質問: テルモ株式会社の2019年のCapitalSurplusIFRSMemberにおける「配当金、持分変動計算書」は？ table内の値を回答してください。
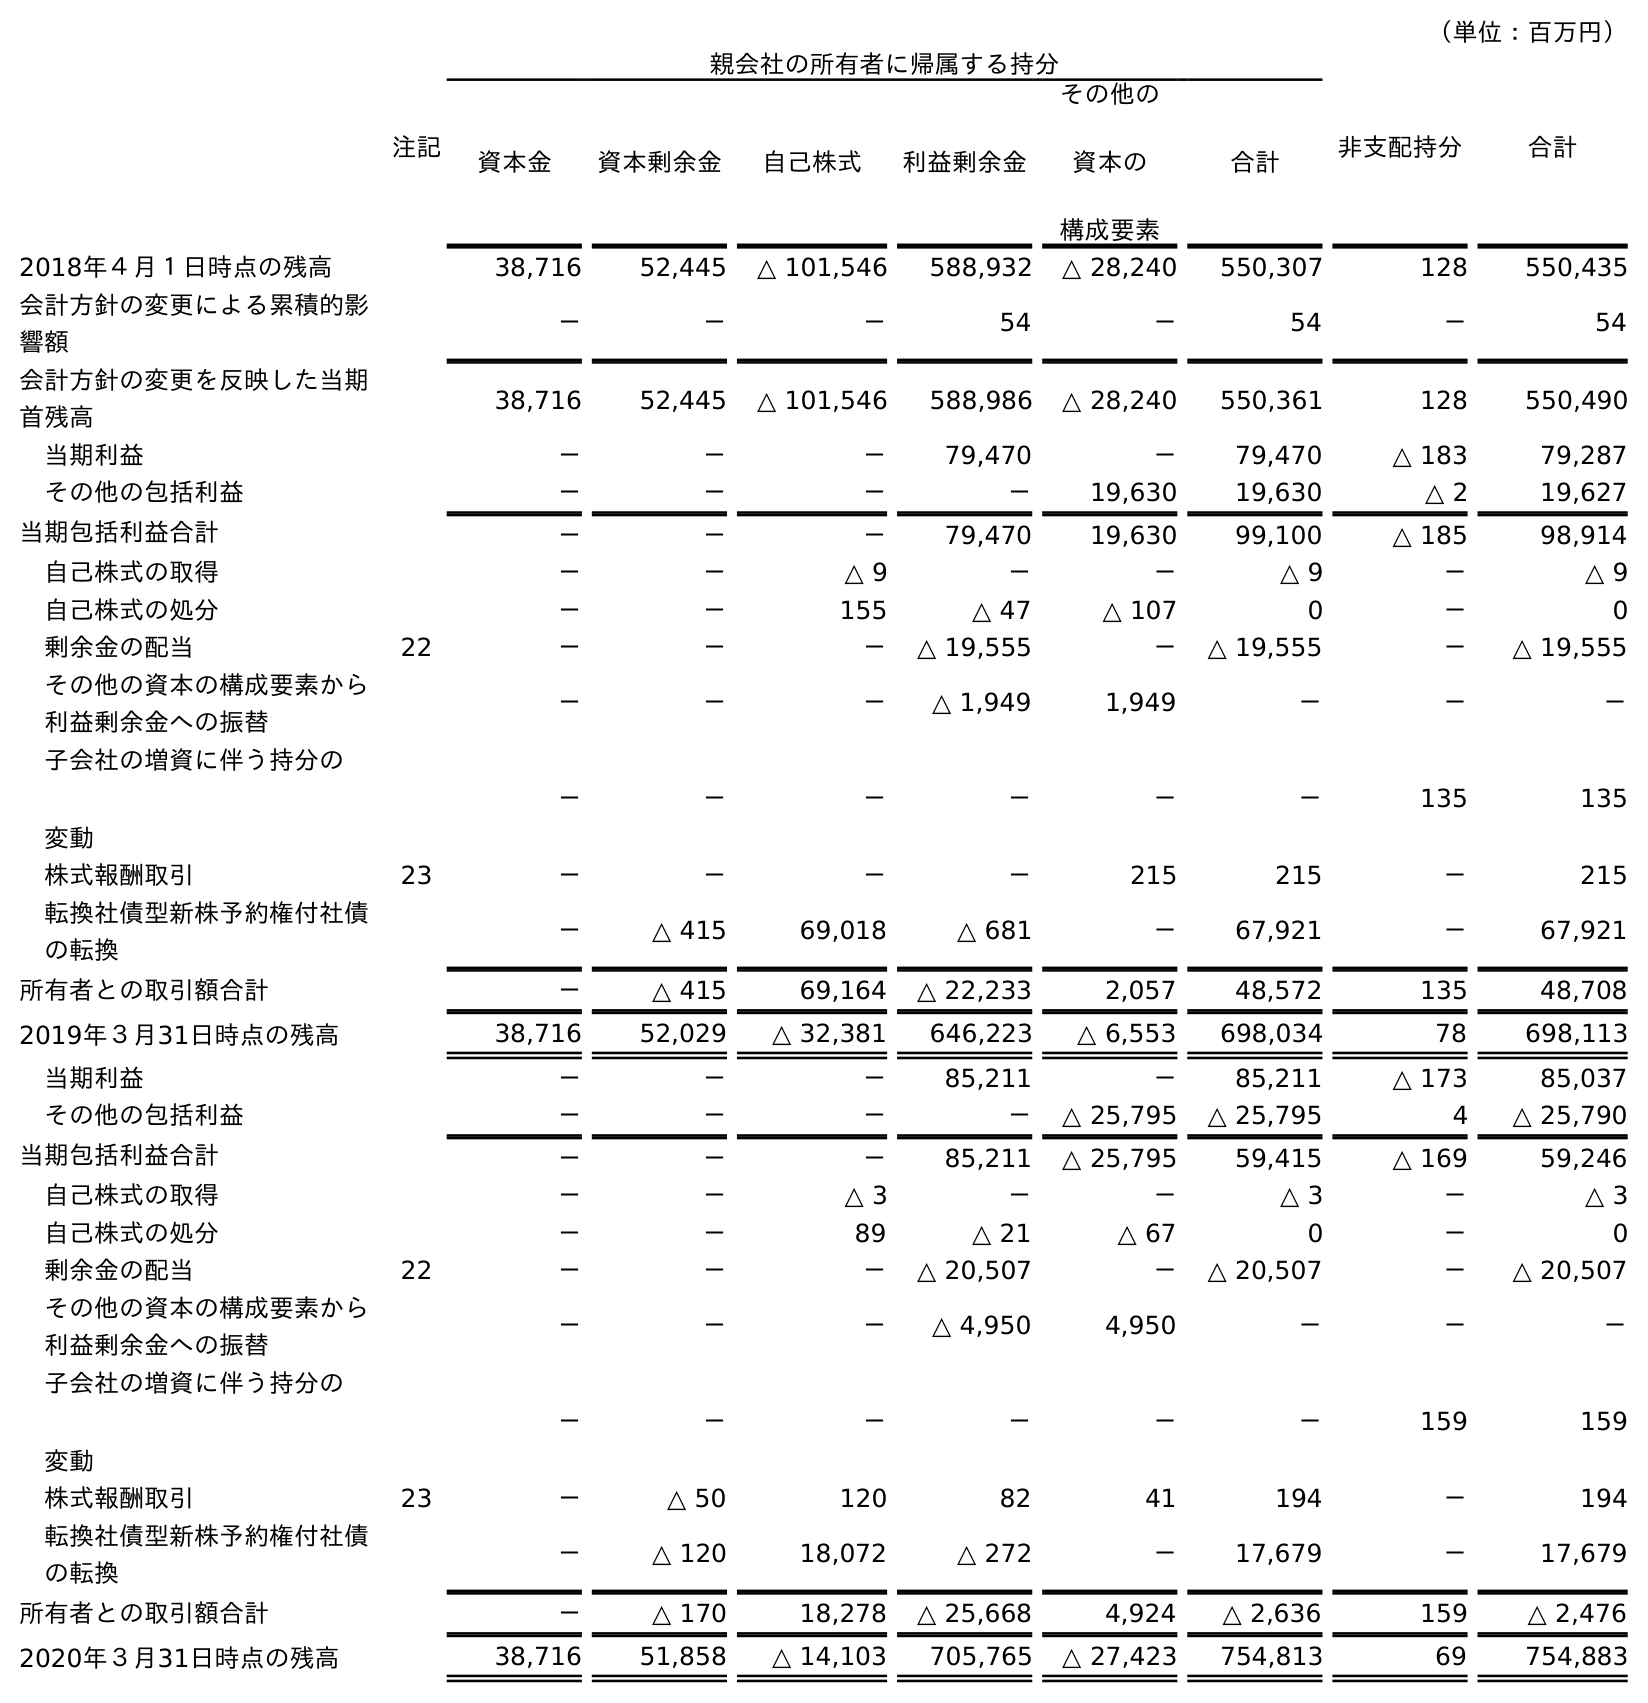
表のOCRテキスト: （単位：百万円） 注記 親会社の所有者に帰属する持分 非支配持分 合計 資本金 資本剰余金 自己株式 利益剰余金 その他の 資本の 構成要素 合計 2018年４月１日時点の残高 38,716 52,445 △ 101,546 588,932 △ 28,240 550,307 128 550,435 会計方針の変更による累積的影 響額 － － － 54 － 54 － 54 会計方針の変更を反映した当期 首残高 38,716 52,445 △ 101,546 588,986 △ 28,240 550,361 128 550,490 当期利益 － － － 79,470 － 79,470 △ 183 79,287 その他の包括利益 － － － － 19,630 19,630 △ 2 19,627 当期包括利益合計 － － － 79,470 19,630 99,100 △ 185 98,914 自己株式の取得 － － △ 9 － － △ 9 － △ 9 自己株式の処分 － － 155 △ 47 △ 107 0 － 0 剰余金の配当 22 － － － △ 19,555 － △ 19,555 － △ 19,555 その他の資本の構成要素から 利益剰余金への振替 － － － △ 1,949 1,949 － － － 子会社の増資に伴う持分の 変動 － － － － － － 135 135 株式報酬取引 23 － － － － 215 215 － 215 転換社債型新株予約権付社債 の転換 － △ 415 69,018 △ 681 － 67,921 － 67,921 所有者との取引額合計 － △ 415 69,164 △ 22,233 2,057 48,572 135 48,708 2019年３月31日時点の残高 38,716 52,029 △ 32,381 646,223 △ 6,553 698,034 78 698,113 当期利益 － － － 85,211 － 85,211 △ 173 85,037 その他の包括利益 － － － － △ 25,795 △ 25,795 4 △ 25,790 当期包括利益合計 － － － 85,211 △ 25,795 59,415 △ 169 59,246 自己株式の取得 － － △ 3 － － △ 3 － △ 3 自己株式の処分 － － 89 △ 21 △ 67 0 － 0 剰余金の配当 22 － － － △ 20,507 － △ 20,507 － △ 20,507 その他の資本の構成要素から 利益剰余金への振替 － － － △ 4,950 4,950 － － － 子会社の増資に伴う持分の 変動 － － － － － － 159 159 株式報酬取引 23 － △ 50 120 82 41 194 － 194 転換社債型新株予約権付社債 の転換 － △ 120 18,072 △ 272 － 17,679 － 17,679 所有者との取引額合計 － △ 170 18,278 △ 25,668 4,924 △ 2,636 159 △ 2,476 2020年３月31日時点の残高 38,716 51,858 △ 14,103 705,765 △ 27,423 754,813 69 754,883
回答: －